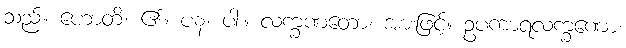
သည်။ ဟောတိ၊ ၏။ ပန၊ ပါး။ လက္ခဏတော၊ အားဖြင့်။ ဥပကာရလက္ခဏော၊